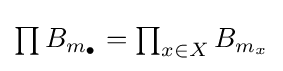
{\textstyle \prod B_{m_{\bullet }}=\prod _{x\in X}B_{m_{x}}}